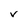
Character: V